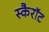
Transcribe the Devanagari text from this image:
स्कैरॉट